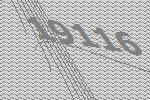
19116